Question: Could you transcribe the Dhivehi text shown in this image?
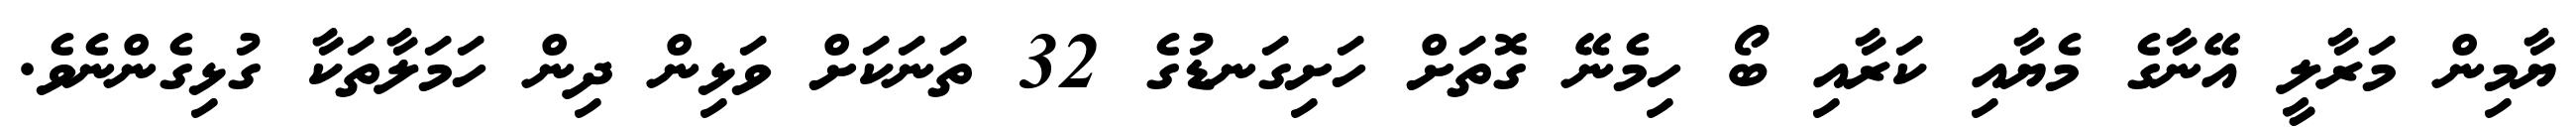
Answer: ޔާމިން މަރާލީ އޭނާގެ މެޔާއި ކަރާއި ބޯ ހިމެނޭ ގޮތަށް ހަށިގަނޑުގެ 32 ތަނަކަށް ވަޅިން ދިން ހަމަލާތަކާ ގުޅިގެންނެވެ.